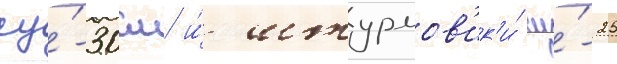
су́-30см и́ штурмов'ик'и́ су́-25